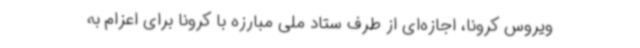
ویروس کرونا، اجازه‌ای از طرف ستاد ملی مبارزه با کرونا برای اعزام به